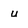
Character: u